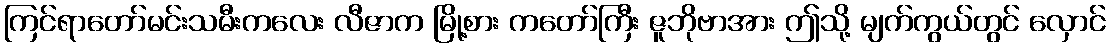
ကြင်ရာတော်မင်းသမီးကလေး လီဇာက မြို့စား ကတော်ကြီး ဇူဘိုဗာအား ဤသို့ မျက်ကွယ်တွင် လှောင်